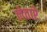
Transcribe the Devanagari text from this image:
लेतारे